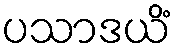
ပသာဒယိံ